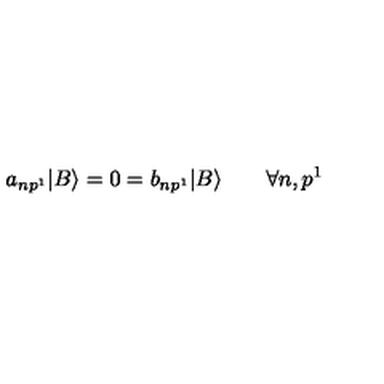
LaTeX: a _ { n p ^ { 1 } } | B \rangle = 0 = b _ { n p ^ { 1 } } | B \rangle \qquad \forall n , p ^ { 1 }